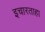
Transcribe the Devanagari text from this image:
इचारताहा